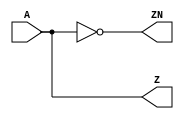
// --------------------------------------------------------------------
// >>>>>>>>>>>>>>>>>>>>>>>>> COPYRIGHT NOTICE <<<<<<<<<<<<<<<<<<<<<<<<<
// --------------------------------------------------------------------
// Copyright (c) 2005 by Lattice Semiconductor Corporation
// --------------------------------------------------------------------
//
//
//                     Lattice Semiconductor Corporation
//                     5555 NE Moore Court
//                     Hillsboro, OR 97214
//                     U.S.A.
//
//                     TEL: 1-800-Lattice  (USA and Canada)
//                          1-408-826-6000 (other locations)
//
//                     web: http://www.latticesemi.com/
//
// --------------------------------------------------------------------
//
// Simulation Library File for SC
//
// $Header: /home/dmsys/pvcs/RCSMigTest/rcs/verilog/pkg/versclibs/data/orca5/RCS/OLVDS.v,v 1.2 2005/05/19 19:06:57 pradeep Exp $ 
//
`timescale 1 ns / 1 ps

`celldefine

module OLVDS (A, Z, ZN);

  input  A;
  output Z, ZN;

  buf INST1 (Z, A);
  not INST2 (ZN, A);


endmodule

`endcelldefine